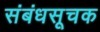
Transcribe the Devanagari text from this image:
संबंधसूचक